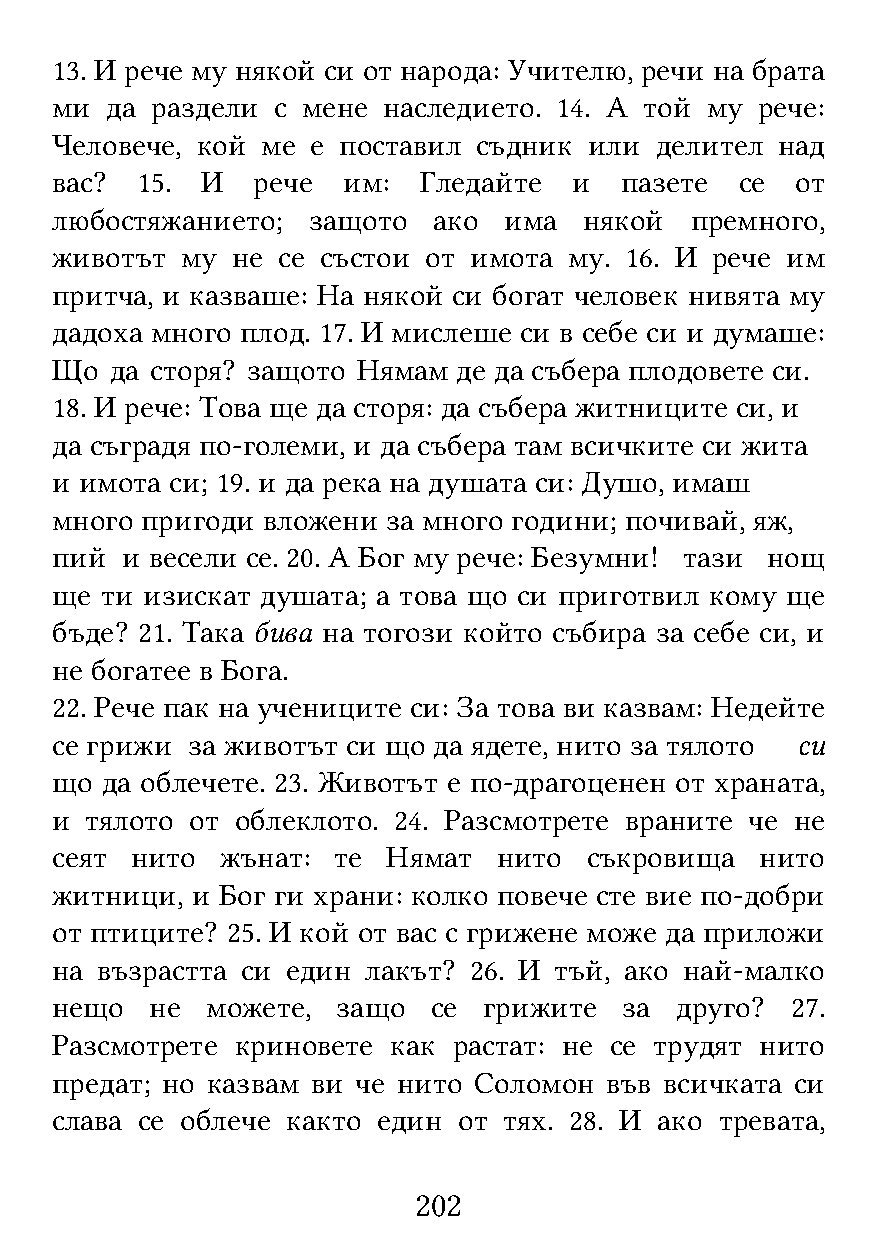
13. И рече му някой си от народа: Учителю, речи на брата
 ми  да раздели с мене наследието. 14. А той му рече:
 Человече, кой ме  е поставил съдник или делител  над
 вас?  15. И   рече  им:  Гледайте  и  пазете  се  от
 любостяжанието;  защото   ако има   някой  премного,
 животът  му не се състои от имота  му. 16. И рече им
 притча, и казваше: На някой си богат человек нивята му
 дадоха много плод. 17. И мислеше си в себе си и думаше:
 Що  да сторя? защото Нямам де да събера плодовете си.
 18. И рече: Това ще да сторя: да събера житниците си, и
 да съградя по-големи, и да събера там всичките си жита
 и имота си; 19. и да река на душата си: Душо, имаш
 много пригоди вложени  за много години; почивай, яж,
 пий  и весели се. 20. А Бог му рече: Безумни! тази нощ
 ще  ти изискат душата; а това що си приготвил кому ще
 бъде? 21. Така бива на тогози който събира за себе си, и
 не богатее в Бога.
 22. Рече пак на учениците си: За това ви казвам: Недейте
 се грижи за животът си що да ядете, нито за тялото си
 що  да облечете. 23. Животът е по-драгоценен от храната,
 и  тялото от облеклото. 24. Разсмотрете враните че не
 сеят  нито  жънат: те  Нямат  нито  съкровища  нито
 житници,  и Бог ги храни: колко повече сте вие по-добри
 от птиците? 25. И кой от вас с грижене може да приложи
 на възрастта си един лакът? 26. И тъй, ако най-малко
 нещо   не  можете, защо   се грижите  за  друго? 27.
 Разсмотрете  криновете как растат: не се трудят нито
 предат; но казвам ви че нито Соломон във всичката си
 слава се облече както един от тях. 28. И ако тревата,
 202